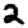
Digit: 2